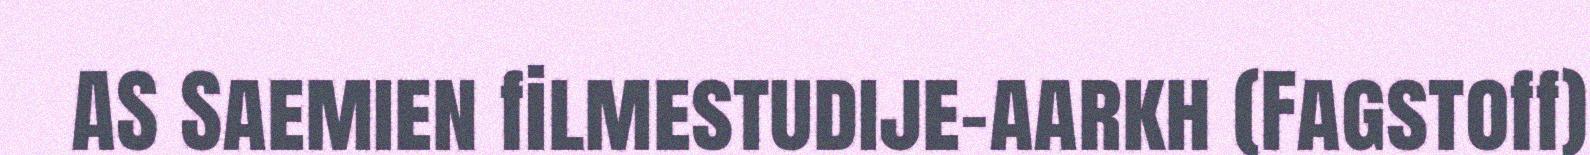
AS Saemien filmestudije-aarkh (Fagstoff)